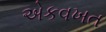
એકવખત